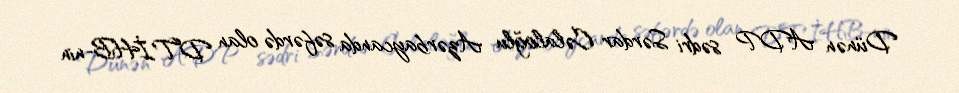
Dünən ADP sədri Sərdar Cəlaloğlu Azərbaycanda səfərdə olan DTİHB-nin